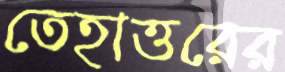
তেহাত্তরের